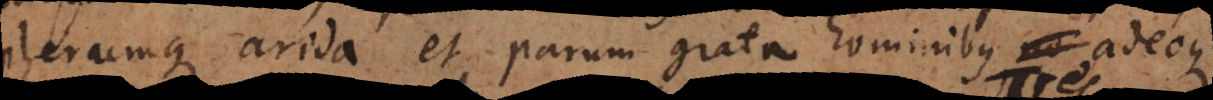
plerumque arida et parum grata hominibus no adeoque